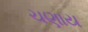
ચણાય